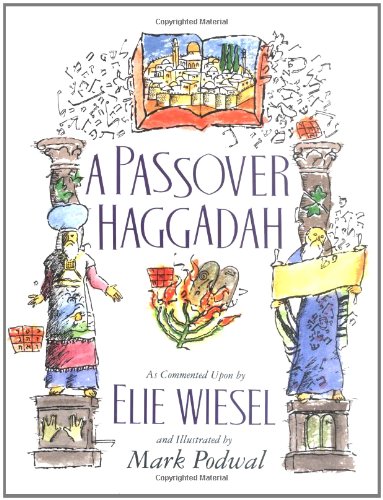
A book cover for A Passover Haggadah: As Commented Upon by Elie Wiesel and Illustrated by Mark Podwal; Elie Wiesel; Religion & Spirituality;